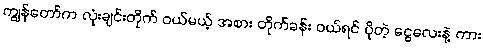
ကျွန်တော်က လုံးချင်းတိုက် ဝယ်မယ့် အစား တိုက်ခန်း ဝယ်ရင် ပိုတဲ့ ငွေလေးနဲ့ ကား